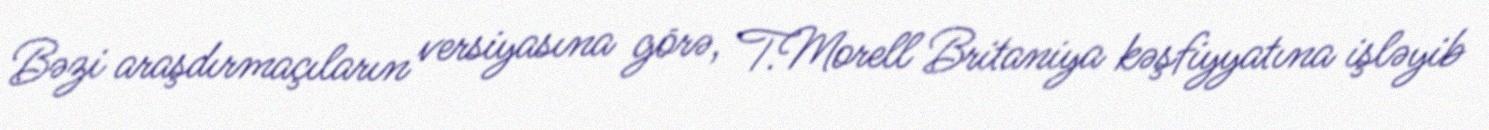
Bəzi araşdırmaçıların versiyasına görə, T.Morell Britaniya kəşfiyyatına işləyib